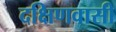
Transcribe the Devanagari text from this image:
दक्षिणवासी